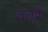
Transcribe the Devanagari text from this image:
उतरैं